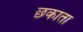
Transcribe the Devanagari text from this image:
छकाता